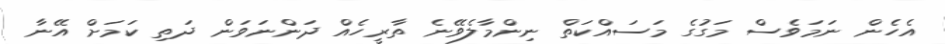
އެހެން ނަމަވެސް މަގުގެ މަސައްކަތް ނިންމާލެވޭނެ ތާރީހެއް ދަންނަވަން ދަތި ކަމަށް އޭނާ